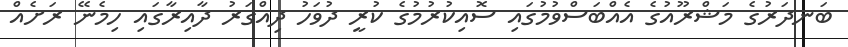
ބަނދަރުގެ މަޝްރޫއުގެ އެއްބަސްވުމުގައި ސޮއިކުރުމުގެ ކުރީ ދުވަހު ދިއްގަރު ދާއިރާގައި ހިމެނޭ ރަށެއް